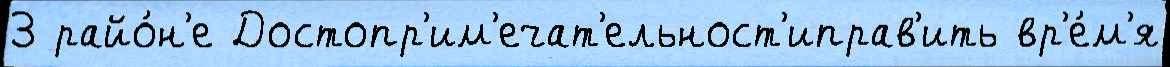
3 райо́н'е Достопр'им'ечат'ельност'иправ'ить вр'е́м'я